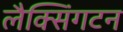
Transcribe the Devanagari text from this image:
लैक्सिंगटन